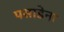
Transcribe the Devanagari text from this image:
पसाडेना